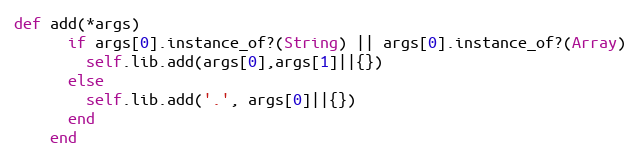
Language: Ruby
def add(*args)
      if args[0].instance_of?(String) || args[0].instance_of?(Array)
        self.lib.add(args[0],args[1]||{})
      else
        self.lib.add('.', args[0]||{})
      end
    end